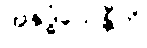
အနုဒ္ဓံသေန္တီတိ